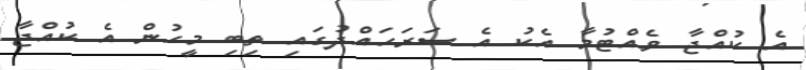
އެ ކުއްޖާ ވެއްޓުމާ އެކު އެ ސަރަހައްދުގައި ތިބި މީހުން އެ ކުއްޖާ